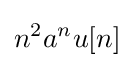
n^{2}a^{n}u[n]